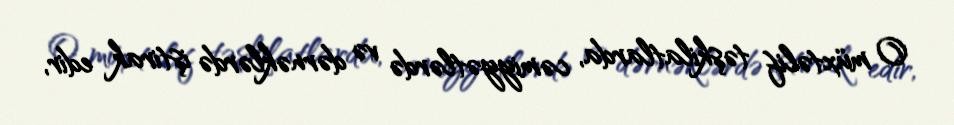
O müxtəlif təşkilatlarda, cəmiyyətlərdə və dərnəklərdə iştirak edir,